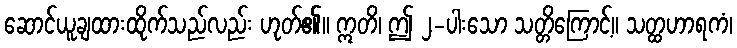
ဆောင်ယူချထားထိုက်သည်လည်း ဟုတ်၏။ ဣတိ၊ ဤ ၂-ပါးသော သတ္တိကြောင့်။ သတ္ထဟာရကံ၊